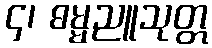
၄၊ ဓမ္မညူသုတ္တ